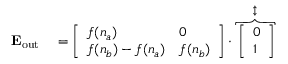
\begin{array} { r l } { \mathbf { E _ { \mathrm { { o u t } } } } } & { { } = \left[ \begin{array} { l l } { { { f ( n _ { a } ) } } } & { 0 } \\ { { f ( n _ { b } ) } - { f ( n _ { a } ) } } & { { f ( n _ { b } ) } } \end{array} \right] \cdot \overbrace { \left[ \begin{array} { l } { 0 } \\ { 1 } \end{array} \right] } ^ { \updownarrow } } \end{array}